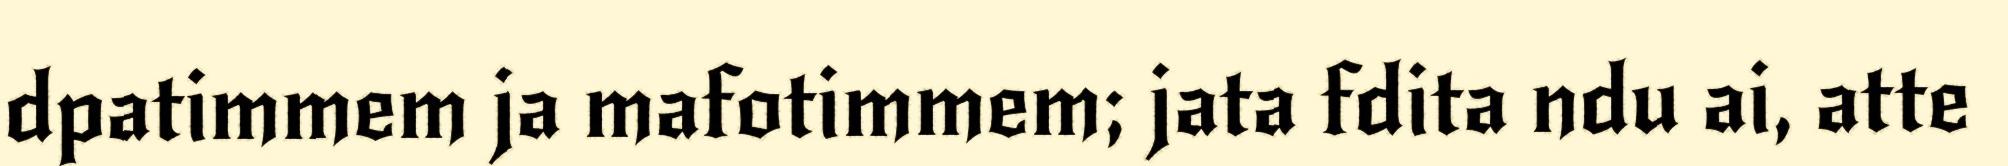
dpatimmem ja mafotimmem; jata fdita ndu ai, atte